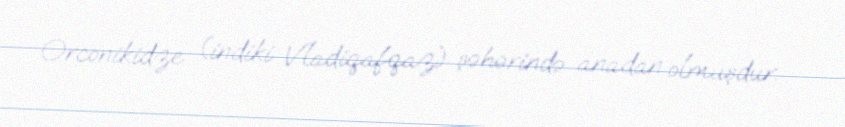
Orconikidze (indiki Vladiqafqaz) şəhərində anadan olmuşdur.